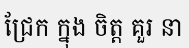
ជ្រែក ក្នុង ចិត្ត គួរ នា